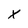
Character: X